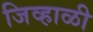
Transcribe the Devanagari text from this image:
जिव्हाळी